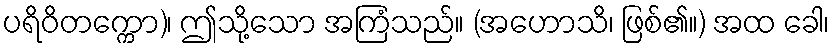
ပရိဝိတက္ကော)၊ ဤသို့သော အကြံသည်။ (အဟောသိ၊ ဖြစ်၏။) အထ ခေါ၊